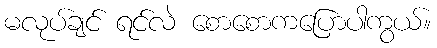
မလုပ်ချင် ရင်လဲ စောစောကပြောပါကွယ်။